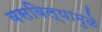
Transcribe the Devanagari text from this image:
वसविल्यामुळे